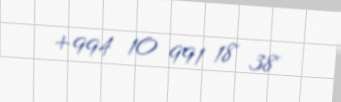
+994 10 991 18 38